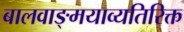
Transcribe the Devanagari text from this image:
बालवाङ्‌मयाव्यतिरिक्त